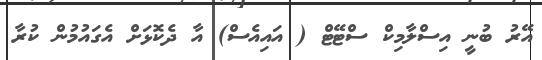
އޭރު ބުނީ އިސްލާމިކް ސްޓޭޓް ( އައިއެސް) އާ ދެކޮޅަށް އެގައުމުން ކުރާ